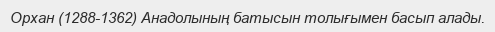
Орхан (1288-1362) Анадолының батысын толығымен басып алады.